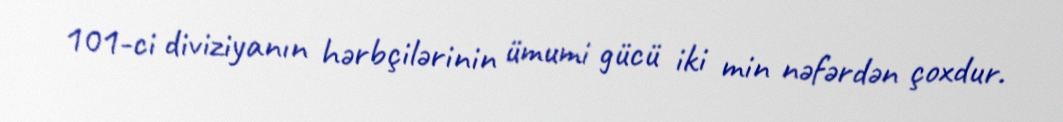
101-ci diviziyanın hərbçilərinin ümumi gücü iki min nəfərdən çoxdur.